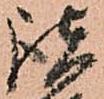
諸